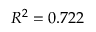
R ^ { 2 } = 0 . 7 2 2